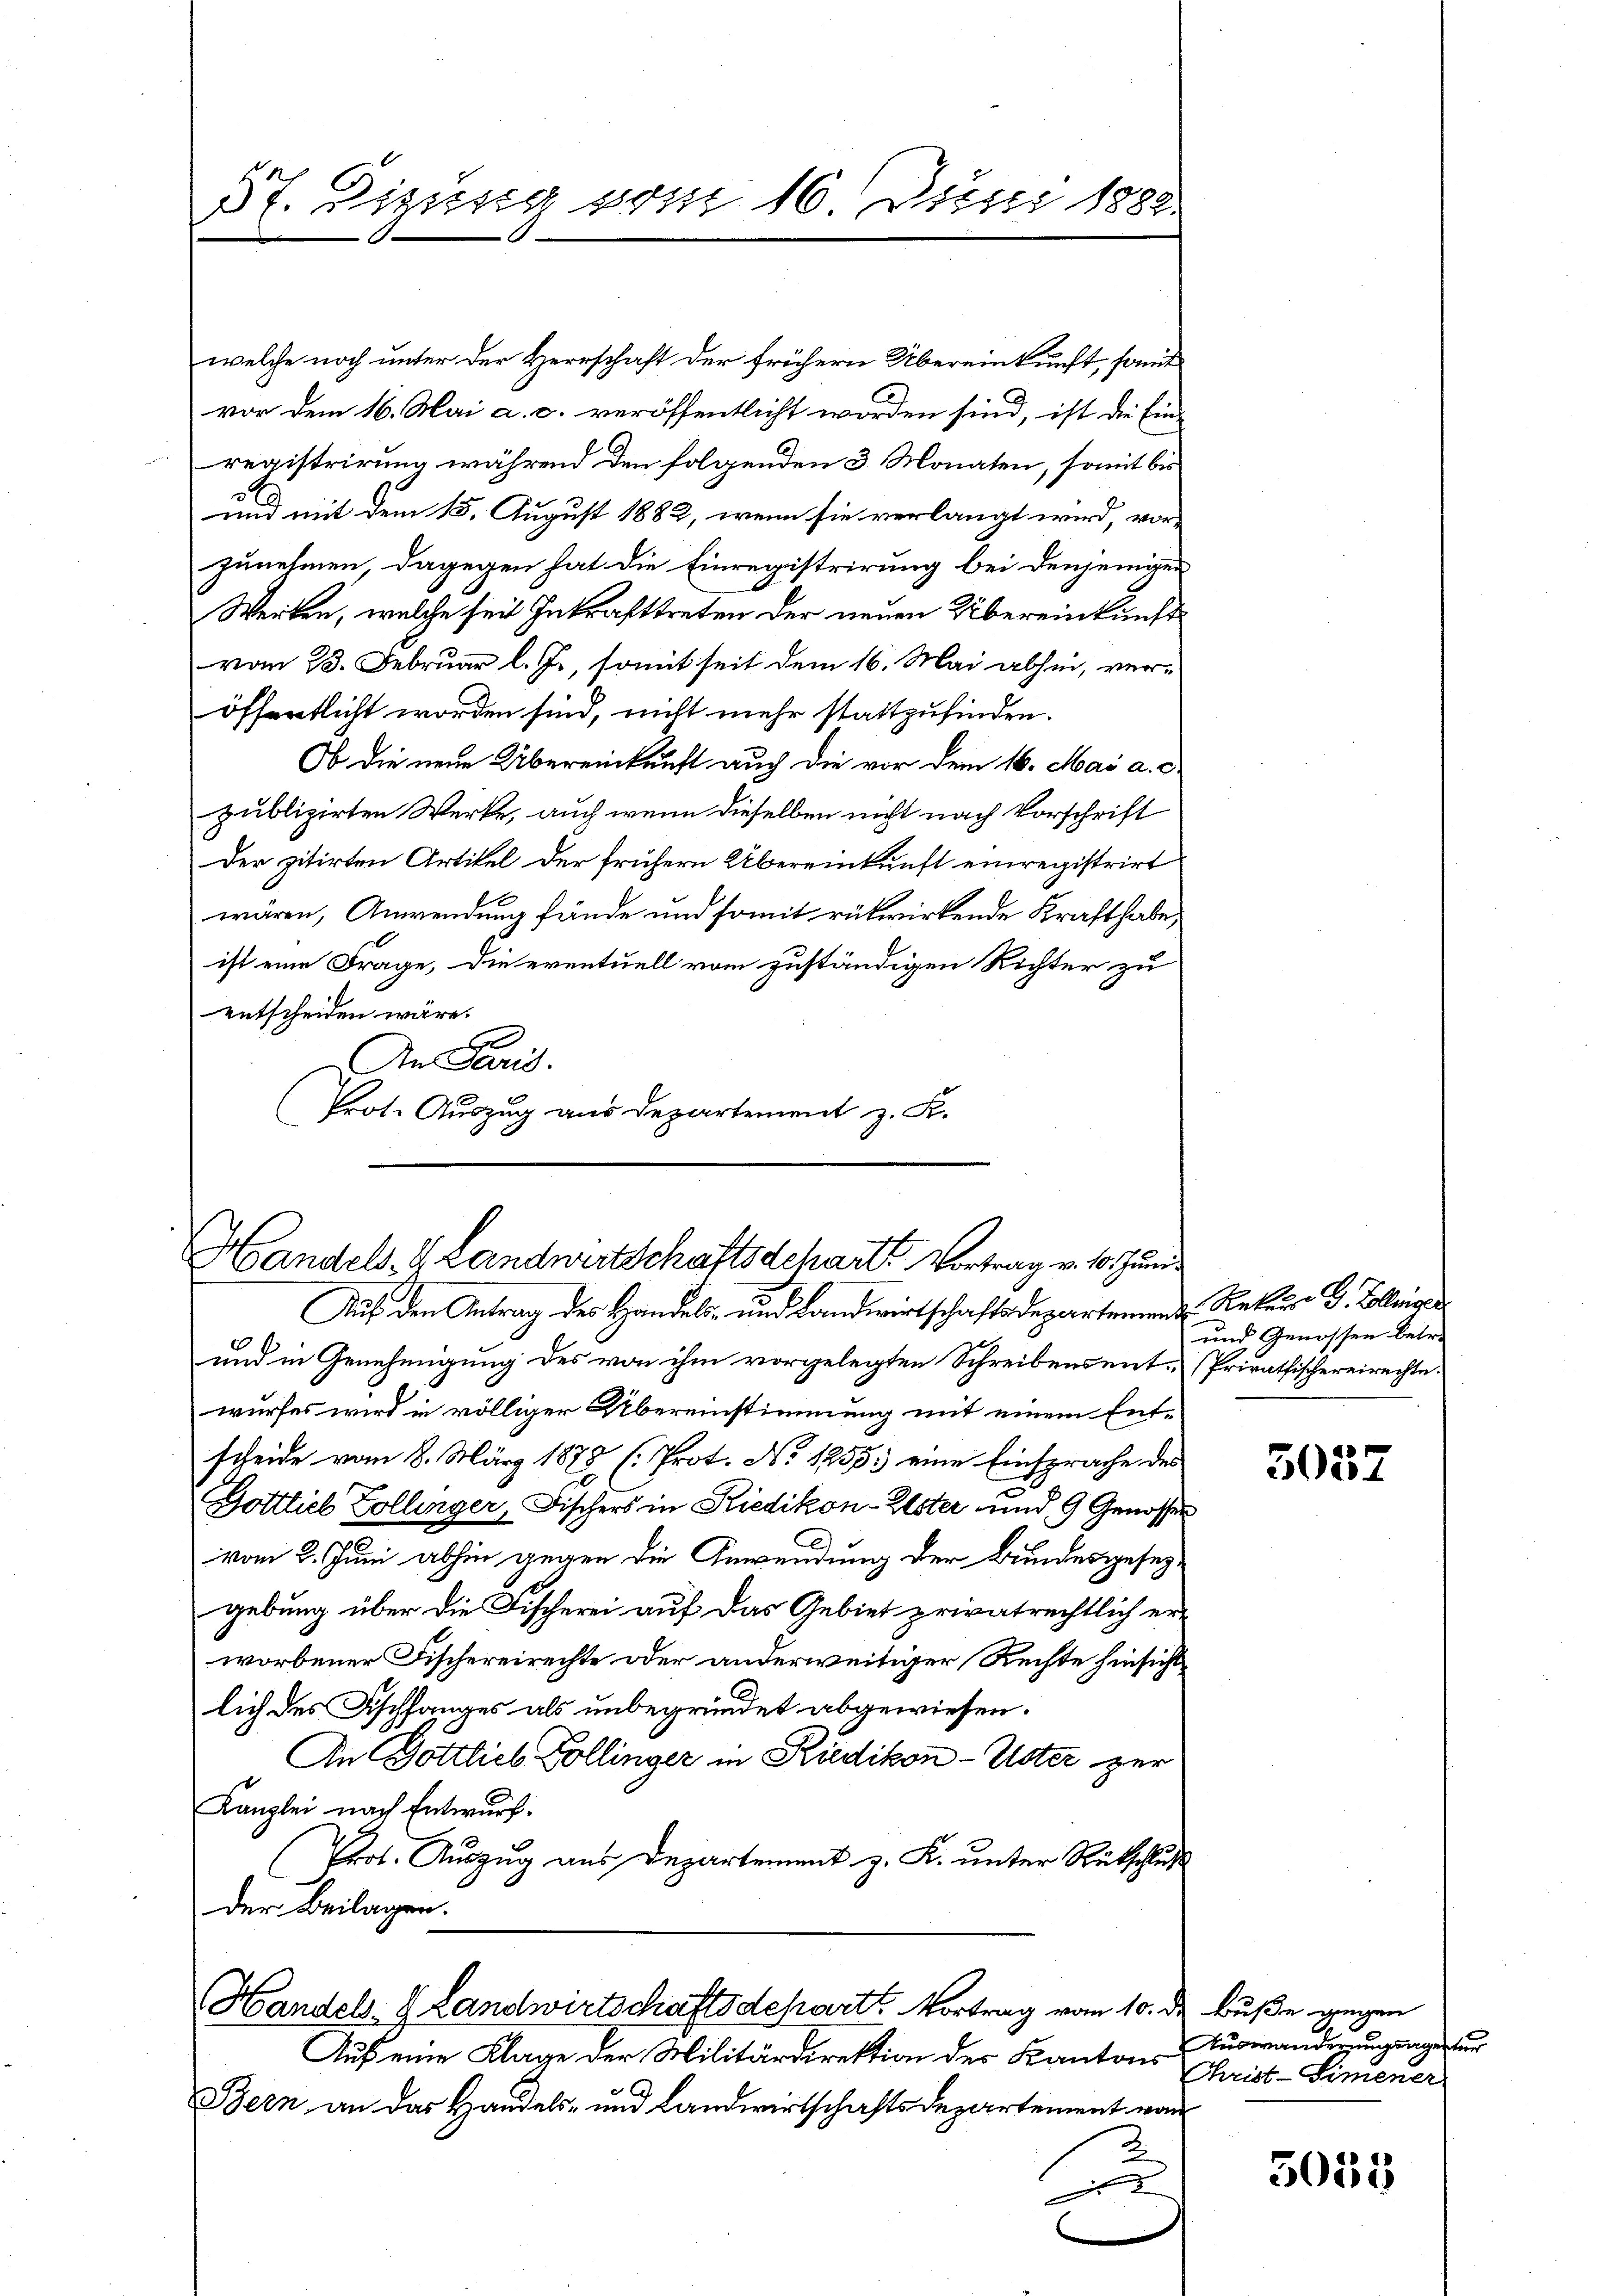
3t. Zizusig vom 16 Juni 1882

welche noch unter der Herrschaft der frühern Übereinkunft, somit
vor dem 16. Mai a. c. veröffentlicht worden sind, ist die Ein-
registrirung während den folgenden 3 Monaten, somit bis
und mit dem 15. August 1882, wenn sie verlangt wird, vor-
zunehmen, dagegen hat die Einregistrirung bei denjenigen
Werken, welche seit Inkrafttreten der neuen Übereinkunft
vom 13. Februar l. Js., somit seit dem 16. Mai abhin, veröffentlicht worden sind, nicht mehr stattzufinden.
Ob die neue Übereinkunft auch die vor dem 16. Mai a. c.
publizirten Werke, auch wenn dieselben nicht nach Vorschrift
Der zitirten Artikel der frühern Übereinkunft einregistrirt
wären, Anwendung fände und somit rükwirkende Kraft habe,
ist eine Frage, die eventuell vom zuständigen Richter zu
entscheiden wäre.
An Paris.
(Prot. Auszug aus Departement z. S.

Handels- & Landwertschaftsschart Vortrag v. 10. Juni
Auf den Antrag des Handels- und Landwirtschaftsdepartemende Rekurs G. Bolling

Handels- Landwirtschaftsdeparts Vortrag vom 10. de Buße gegen
Auf eine Klage der Militärdirektion des Kantons

und in Genehmigung des von ihm vorgelegten Schreibens ent-Privathischereirechte.
wurfes wird in völliger Übereinstimmung mit einem Entscheide vom 8. März 1878 (Prot. No 1255. eine Einsprache des
Gottlieb Zollinger, Fischers in Riedikon-Elster und 9 Genosses
vom 2. Juni abhin gegen die Gewendung der Bundesgesezgebung über die Fischerei auf das Gebiet privatrechtlich er-
worbener Fischereirechte oder anderweitiger Rechte hinsicht
lich des Aschfanges als unbegründet abgewiesen.
An Gottlieb Zollinger in Riedikon-Uster zur
Kanzlei nach Entwurf.
Prot. Auszug aus Departement z. K. unter Rutschluß
der Beilagen.

Bern an das Handels- und Landwirthschaftsdepartement war

und Genossen betr.

3057

Auswanderungsagentur
Thrist-Simmener
5055
2
e